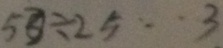
5 3 \div 2 5 \cdots 3